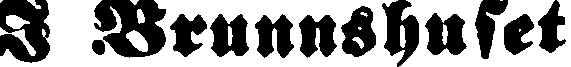
I Brunnshuset